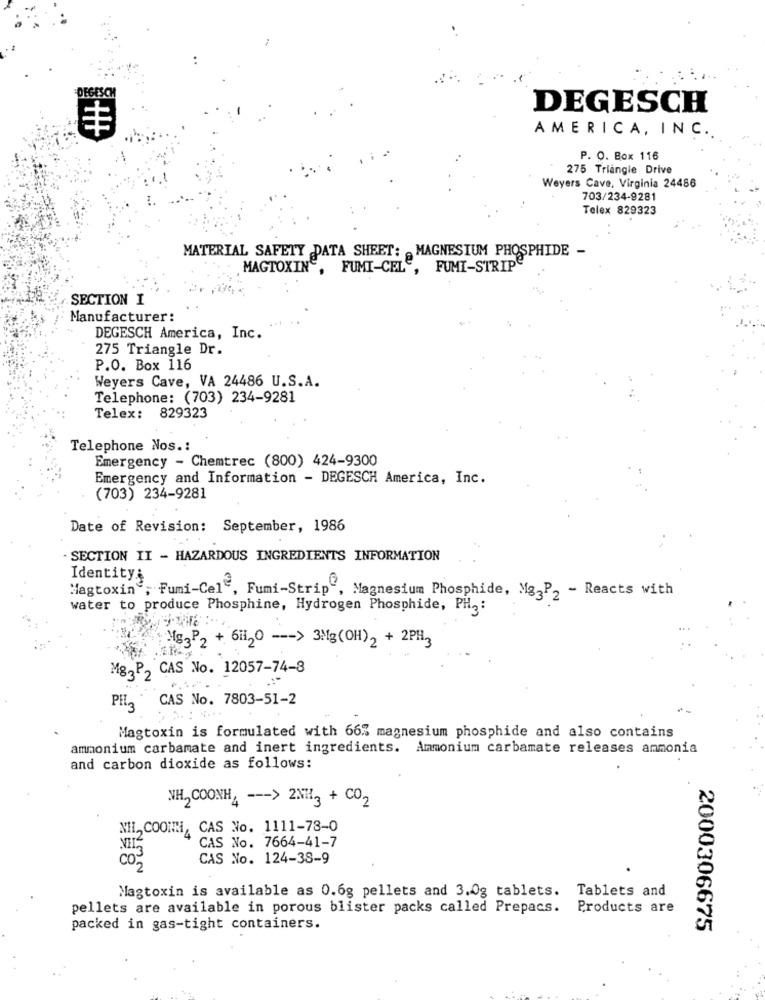
DEGESCI
DEGESCH
AMERICA, INC.
P. O. Box 116
275 Triangle Drive
Weyers Cave, Virginia 24486
703/234-9281
Telex 829323
MATERIAL SAFETY DATA SHEET: - MAGNESIUM PHOSPHIDE -
MAGTOXIN, FUMI-CELE, FUMI-STRIP
SECTION I
Manufacturer:
DEGESCH America, Inc.
275 Triangle Dr.
P.O. Box 116
Weyers Cave, VA 24486 U.S.A.
Telephone: (703) 234-9281
Telex: 829323
Telephone Nos .:
Emergency - Chemtrec (800) 424-9300
Emergency and Information - DEGESCH America, Inc.
(703) 234-9281
Date of Revision: September, 1986
SECTION II - HAZARDOUS INGREDIENTS INFORMATION
Identity;
Magtoxin", Fumi-Cel", Fumi-Strip", Magnesium Phosphide, Mg-P, - Reacts with
water to produce Phosphine, Hydrogen Phosphide, PH2 :
Mg3P2 + 6H120 --- > 3Mg(OH)2 + 2PH3
Mg2P2 CAS No. 12057-74-8
PH2 CAS No. 7803-51-2
Magtoxin is formulated with 665 magnesium phosphide and also contains
ammonium carbamate and inert ingredients. Ammonium carbamate releases ammonia
and carbon dioxide as follows:
VH, COONHA --- > 2NH3 + CO2
NI, COON, CAS No. 1111-78-0
CAS No. 7664-41-7
CAS No. 124-38-9
com
Magtoxin is available as 0.6g pellets and 3.0g tablets. Tablets and
pellets are available in porous blister packs called Prepacs. Products are
packed in gas-tight containers.
2000306675